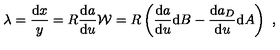
\lambda = \frac { \mathrm { d } x } { y } = { R } \frac { \mathrm { d } a } { \mathrm { d } u } { \cal W } = { R } \left( \frac { \mathrm { d } a } { \mathrm { d } u } \mathrm { d } B - \frac { \mathrm { d } a _ { D } } { \mathrm { d } u } \mathrm { d } A \right) \ ,